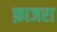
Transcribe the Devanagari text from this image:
फ़ाजरा